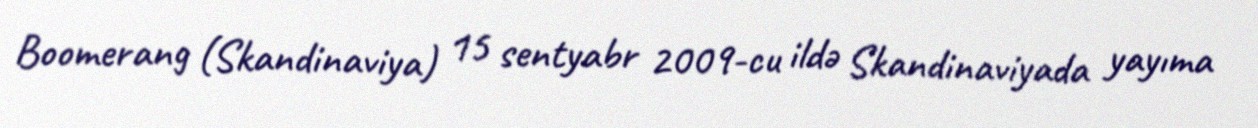
Boomerang (Skandinaviya) 15 sentyabr 2009-cu ildə Skandinaviyada yayıma